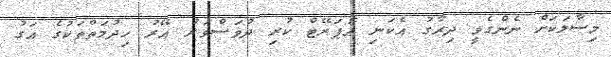
މިސާލަކަށް ނެންގެވީ ދިރާގު އެކަނި އޮޕަރޭޓް ކުރި ދުވަސްވަރު އޭރު ހިދުމަތްތަކުގެ އަގު